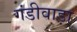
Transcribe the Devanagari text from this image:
गंडीवाड़ा